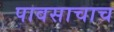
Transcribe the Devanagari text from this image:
पावसाचाच